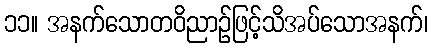
၁၁။ အနက်သောတဝိညာဉ်ဖြင့်သိအပ်သောအနက်၊